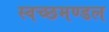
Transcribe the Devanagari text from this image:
स्‍वच्‍छमण्‍डल